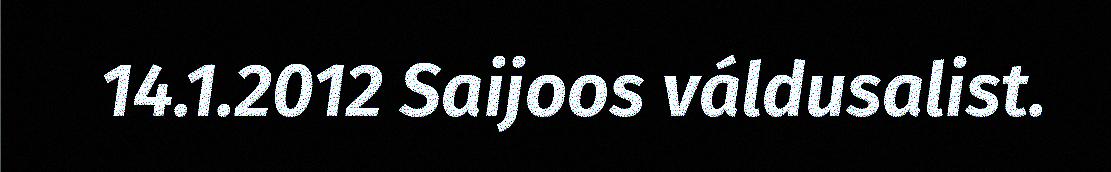
14.1.2012 Saijoos váldusalist.